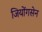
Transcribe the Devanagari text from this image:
जियोंगसेन